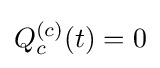
Q_{c}^{(c)}(t)=0